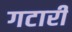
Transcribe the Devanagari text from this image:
गटारी